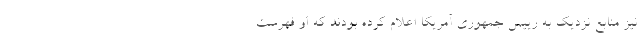
نیز منابع نزدیک به رییس جمهوری آمریکا اعلام کرده بودند که او فهرست